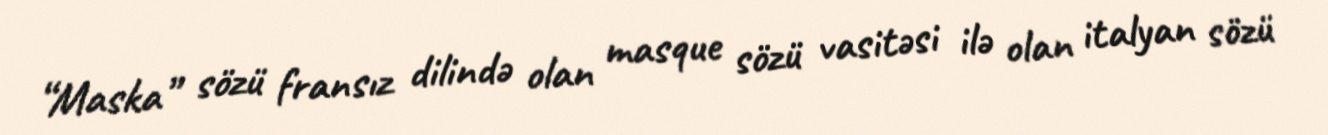
“Maska” sözü fransız dilində olan masque sözü vasitəsi ilə olan italyan sözü